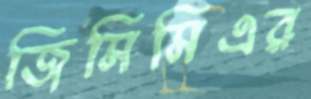
জিসিসিএর